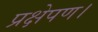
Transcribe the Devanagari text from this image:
प्रक्षेपण।